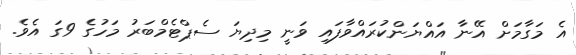
އެ މަގާމަށް އޭނާ އައްޔަންކުރައްވާފައި ވަނީ މިދިޔަ ސެޕްޓެމްބަރު މަހުގެ 9ގަ އެވެ.